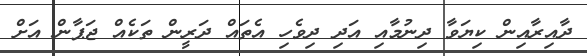
ދާއިރާއިން ކިޔަވާ ދިނުމާއި އަދި ދިވެހި އެތައް ދަރީން ތަކެއް ޖަޕާން އަށް